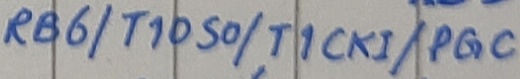
Text: RB6/T1050/T1CKi/PGC